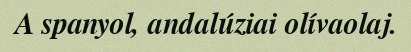
A spanyol, andalúziai olívaolaj.